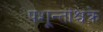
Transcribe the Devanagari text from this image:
पशून्तांश्चक्रे